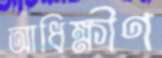
আধিক্ষীণ